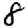
Digit: 8